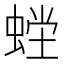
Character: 𰳇